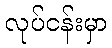
လုပ်ငန်းမှာ